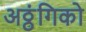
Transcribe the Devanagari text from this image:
अठ्ठ्ंगिको